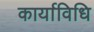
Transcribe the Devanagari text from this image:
कार्याविधि